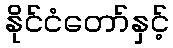
နိုင်ငံတော်နှင့်